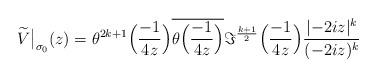
LaTeX: \begin{align*} \widetilde{V}\big|_{\sigma_0}(z) = \theta^{2k+1}\Big(\frac{-1}{4z}\Big) \overline{\theta\Big(\frac{-1}{4z}\Big)} \Im^{\frac{k+1}{2}} \Big(\frac{-1}{4z}\Big) \frac{\lvert -2iz \rvert^k}{(-2iz)^k}\end{align*}